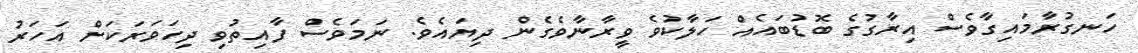
ހަނގުރާމައިގާވެސް އިރާގުގެ ބޮޑުބައެއް ހަލާކުވެ ވީރާނާވެގެން ދިޔައެވެ. ނަމަވެސް ފާއިތުވި ދިހަވަރަކަށް އަހަރު